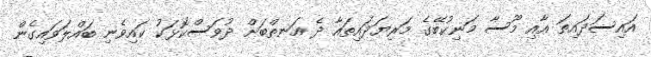
އައިސަދައިތަ އާއި މޫސާ މަނިކުބޭގެ މަރިޔަދައިތައާ ދެ އަނތްބަށް ދުވަސްކޮޅަކު ކައިވެނި ބައްލަވައިގެން